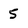
Character: 5